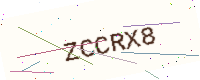
Text: ZCCRX8